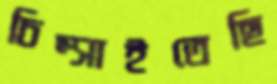
চিম্‌সাইতেছি